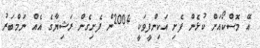
އޭ މޮސްކޯއަށް ކުޅެން ފެށި އަކިންފީވަކީ 2004ން ފެށިގެން ރަޝިޔާގެ އެއް ނަމްބަރު